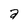
Character: a